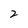
Character: 2